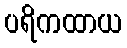
ပရိကထာယ